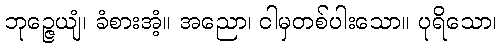
ဘုဉ္ဇေယျံ၊ ခံစားအံ့။ အညော၊ ငါမှတစ်ပါးသော။ ပုရိသော၊